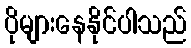
ပိုများနေနိုင်ပါသည်